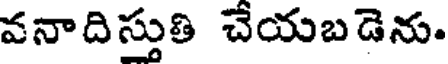
వనాదిస్తుతి చేయబడెను.